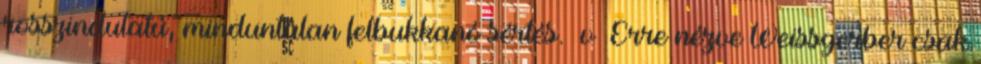
rosszindulatú, minduntalan felbukkanó sértés. v Erre nézve Weissgerber csak